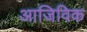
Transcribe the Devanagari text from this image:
आजिविक